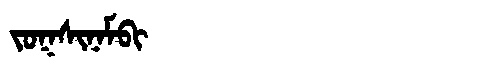
Manchu: ᠵᠣᡴᠰᡳᠨᠠᠮᠪᡳ
Romanization: JOKSINAMBI